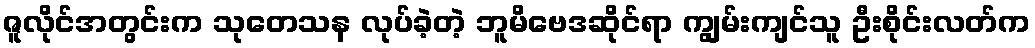
ဇူလိုင်အတွင်းက သုတေသန လုပ်ခဲ့တဲ့ ဘူမိဗေဒဆိုင်ရာ ကျွမ်းကျင်သူ ဦးစိုင်းလတ်က